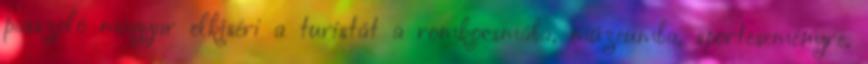
passzoló magyar elkíséri a turistát a romkocsmába, múzeumba, sporteseményre,